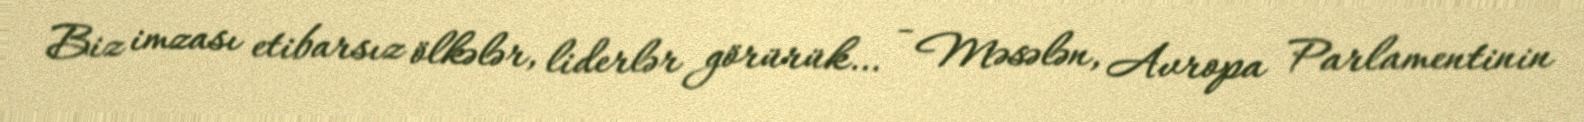
Biz imzası etibarsız ölkələr, liderlər görürük… - Məsələn, Avropa Parlamentinin